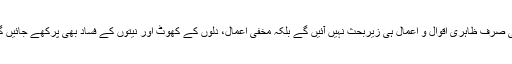
یعنی صرف ظاہری اقوال و اعمال ہی زیربحث نہیں آئیں گے بلکہ مخفی اعمال، دلوں کے کھوٹ اور نیتوں کے فساد بھی پرکھے جائیں گے۔